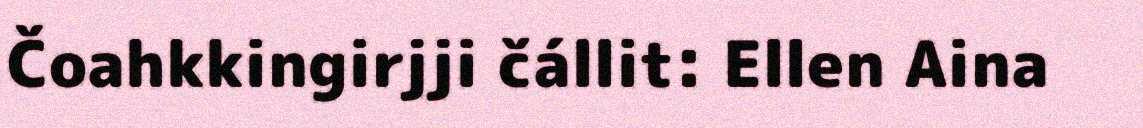
Čoahkkingirjji čállit: Ellen Aina